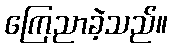
ကြေညာခဲ့သည်။